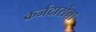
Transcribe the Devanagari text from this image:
कर्जदारांना